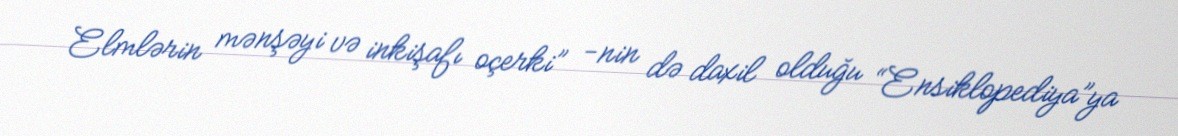
Elmlərin mənşəyi və inkişafı oçerki” -nin də daxil olduğu “Ensiklopediya”ya